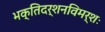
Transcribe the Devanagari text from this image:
भक्तिदर्शनविमर्शः